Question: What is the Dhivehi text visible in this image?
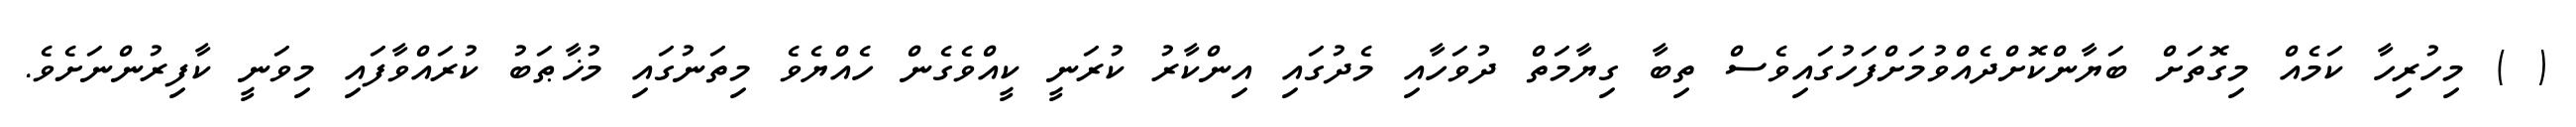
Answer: ( ) މިހުރިހާ ކަމެއް މިގޮތަށް ބަޔާންކޮށްދެއްވުމަށްފަހުގައިވެސް ތިބާ ގިޔާމަތް ދުވަހާއި މެދުގައި އިންކާރު ކުރަނީ ކީއްވެގެން ހެއްޔެވެ މިތަނުގައި މުޚާޠަބު ކުރައްވާފައި މިވަނީ ކާފިރުންނަށެވެ.